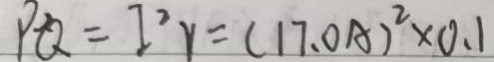
P ^ { 2 } Q = I ^ { 2 } r = ( 1 7 . 0 A ) ^ { 2 } \times 0 . 1